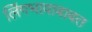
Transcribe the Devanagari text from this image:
लिंगभावाबाबत